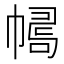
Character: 𢄛